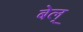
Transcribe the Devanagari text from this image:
बेल्